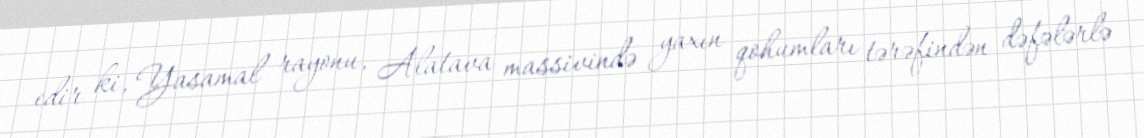
edir ki, Yasamal rayonu, Alatava massivində yaxın qohumları tərəfindən dəfələrlə